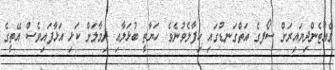
ވެއްޓެންދިޔައިރަށް ސޯފގެ އަތްގަނޑުގައި ހިފާލެވުނެވެ. ހަޔާތީ ބުޅަލާއި ދިމާލަށް ކަޅި އަޅާފައިވެސް އޭތީގެ